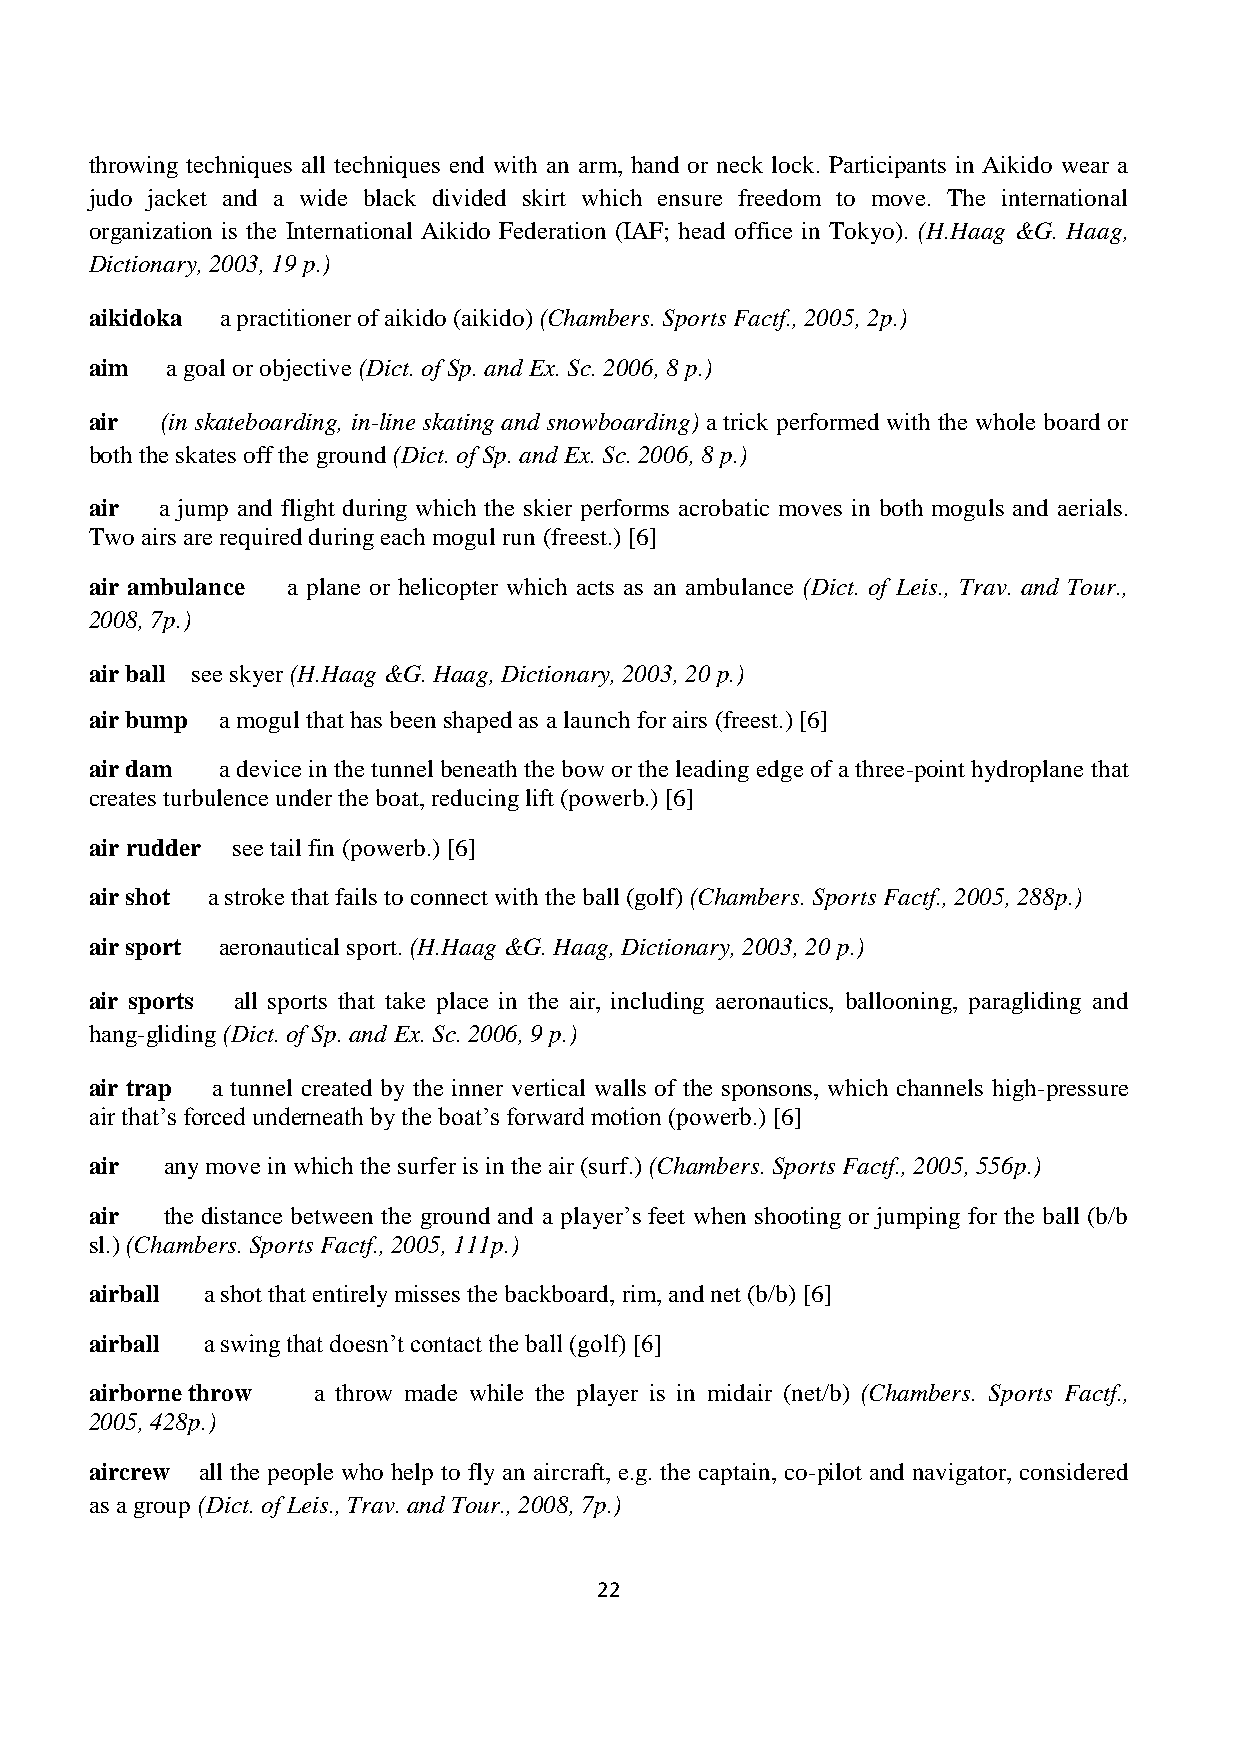
throwing techniques all techniques end with an arm, hand or neck lock. Participants in Aikido wear a
 judo jacket and a wide black divided skirt which ensure freedom to move. The international
 organization is the International Aikido Federation (IAF; head office in Tokyo). (H.Haag &G. Haag,
 Dictionary, 2003, 19 p.)
 aikidoka a practitioner of aikido (aikido) (Chambers. Sports Factf., 2005, 2p.)
 aim  a goal or objective (Dict. of Sp. and Ex. Sc. 2006, 8 p.)
 air  (in skateboarding, in-line skating and snowboarding) a trick performed with the whole board or
 both the skates off the ground (Dict. of Sp. and Ex. Sc. 2006, 8 p.)
 air  a jump and flight during which the skier performs acrobatic moves in both moguls and aerials.
 Two airs are required during each mogul run (freest.) [6]
 air ambulance a plane or helicopter which acts as an ambulance (Dict. of Leis., Trav. and Tour.,
 2008, 7p.)
 air ball see skyer (H.Haag &G. Haag, Dictionary, 2003, 20 p.)
 air bump a mogul that has been shaped as a launch for airs (freest.) [6]
 air dam  a device in the tunnel beneath the bow or the leading edge of a three-point hydroplane that
 creates turbulence under the boat, reducing lift (powerb.) [6]
 air rudder see tail fin (powerb.) [6]
 air shot a stroke that fails to connect with the ball (golf) (Chambers. Sports Factf., 2005, 288p.)
 air sport aeronautical sport. (H.Haag &G. Haag, Dictionary, 2003, 20 p.)
 air sports all sports that take place in the air, including aeronautics, ballooning, paragliding and
 hang-gliding (Dict. of Sp. and Ex. Sc. 2006, 9 p.)
 air trap a tunnel created by the inner vertical walls of the sponsons, which channels high-pressure
 air that’s forced underneath by the boat’s forward motion (powerb.) [6]
 air  any move in which the surfer is in the air (surf.) (Chambers. Sports Factf., 2005, 556p.)
 air  the distance between the ground and a player’s feet when shooting or jumping for the ball (b/b
 sl.) (Chambers. Sports Factf., 2005, 111p.)
 airball a shot that entirely misses the backboard, rim, and net (b/b) [6]
 airball a swing that doesn’t contact the ball (golf) [6]
 airborne throw a throw made while the player is in midair (net/b) (Chambers. Sports Factf.,
 2005, 428p.)
 aircrew all the people who help to fly an aircraft, e.g. the captain, co-pilot and navigator, considered
 as a group (Dict. of Leis., Trav. and Tour., 2008, 7p.)
 22